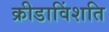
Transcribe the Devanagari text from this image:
क्रीडाविंशति